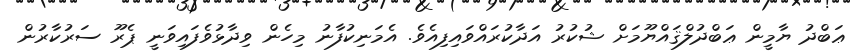
ޢަބްދު ޔާމީން ޢަބްދުލްޤައްޔޫމަށް ޝުކުރު އަދާކުރައްވައިފިއެވެ. އެމަނިކުފާނު މިހެން ވިދާޅުވެފައިވަނީ ޕެރޫ ސަރުކާރުން